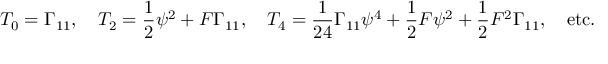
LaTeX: T _ { 0 } = \Gamma _ { 1 1 } , \quad T _ { 2 } = { \frac { 1 } { 2 } } \psi ^ { 2 } + { \cal F } \Gamma _ { 1 1 } , \quad T _ { 4 } = { \frac { 1 } { 2 4 } } \Gamma _ { 1 1 } \psi ^ { 4 } + { \frac { 1 } { 2 } } { \cal F } \psi ^ { 2 } + { \frac { 1 } { 2 } } { \cal F } ^ { 2 } \Gamma _ { 1 1 } , \quad \mathrm { e t c . }